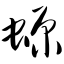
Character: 螈